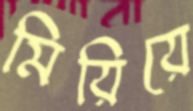
মিয়িয়ে